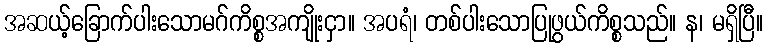
အဆယ့်ခြောက်ပါးသောမဂ်ကိစ္စအကျိုးငှာ။ အပရံ၊ တစ်ပါးသောပြုဖွယ်ကိစ္စသည်။ န၊ မရှိပြီ။